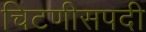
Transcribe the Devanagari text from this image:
चिटणीसपदी